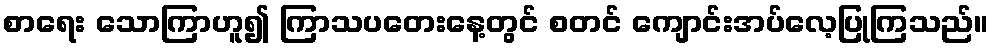
စာရေး သောကြာဟူ၍ ကြာသပတေးနေ့တွင် စတင် ကျောင်းအပ်လေ့ပြုကြသည်။